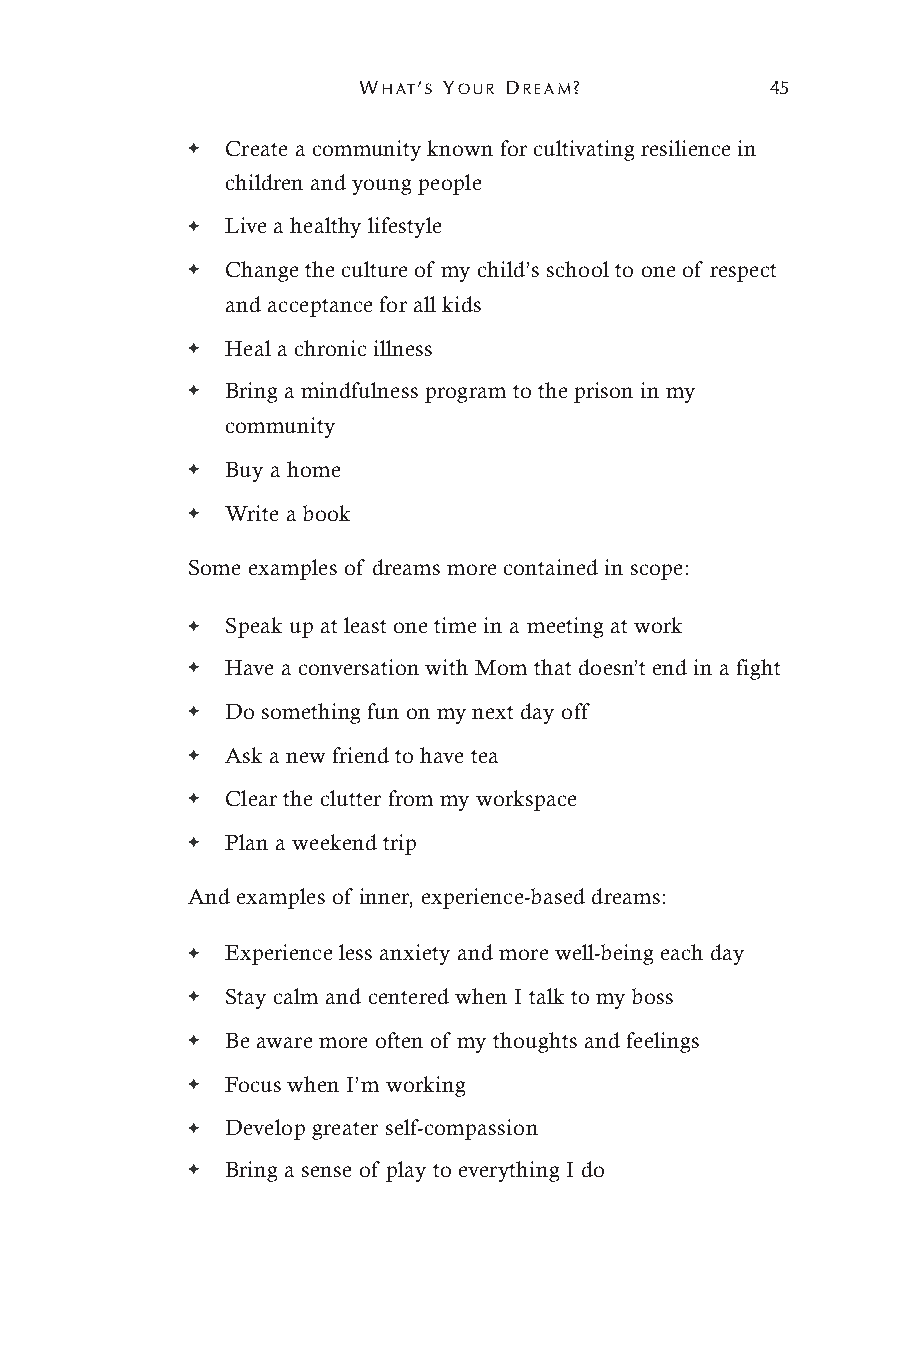
WHAT’S YOUR DREAM?         45
 ✦  Create a community known for cultivating resilience in
 children and young people
 ✦  Live a healthy lifestyle
 ✦  Change the culture of my child’s school to one of respect
 and acceptance for all kids
 ✦  Heal a chronic illness
 ✦  Bring a mindfulness program to the prison in my
 community
 ✦  Buy a home
 ✦  Write a book
 Some examples of dreams more contained in scope:
 ✦  Speak up at least one time in a meeting at work
 ✦  Have a conversation with Mom that doesn’t end in a fight
 ✦  Do something fun on my next day off
 ✦  Ask a new friend to have tea
 ✦  Clear the clutter from my workspace
 ✦  Plan a weekend trip
 And examples of inner, experience-based dreams:
 ✦  Experience less anxiety and more well-being each day
 ✦  Stay calm and centered when I talk to my boss
 ✦  Be aware more often of my thoughts and feelings
 ✦  Focus when I’m working
 ✦  Develop greater self-compassion
 ✦  Bring a sense of play to everything I do